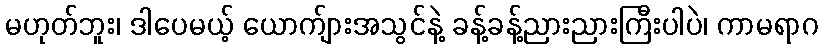
မဟုတ်ဘူး၊ ဒါပေမယ့် ယောက်ျားအသွင်နဲ့ ခန့်ခန့်ညားညားကြီးပါပဲ၊ ကာမရာဂ